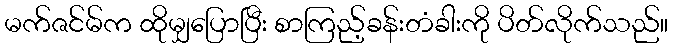
မက်ဇင်မ်က ထိုမျှပြောပြီး စာကြည့်ခန်းတံခါးကို ပိတ်လိုက်သည်။